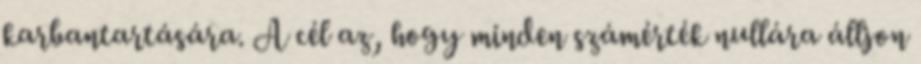
karbantartására. A cél az, hogy minden számérték nullára álljon